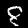
Digit: 8